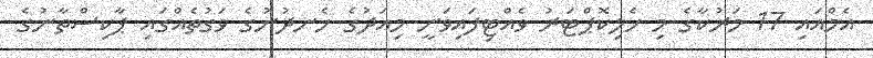
އެމްއައި 17 މަރުކާގެ މި ހެލިކޮޕްޓަރު ވެއްޓިފައިވަނީ މިއަދުގެ ހެނދުނުގެ ވަގުތެއްގައި ޕާކިސްތާނުގެ